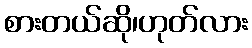
စားတယ်ဆို၊ဟုတ်လား